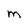
Character: M